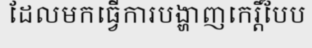
ដែលមកធ្វើការបង្ហាញកេរ្តិ៍បែប